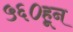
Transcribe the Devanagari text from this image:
५६०हून